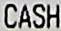
CASH